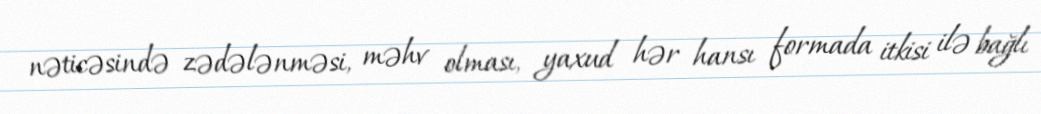
nəticəsində zədələnməsi, məhv olması, yaxud hər hansı formada itkisi ilə bağlı